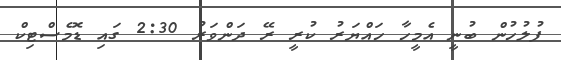
ފުލުހުން ބުނީ އެމީހާ ހައްޔަރު ކުރީ ރޭ ދަންވަރު 2:30 ގައި ޑޮމެސްޓިކް